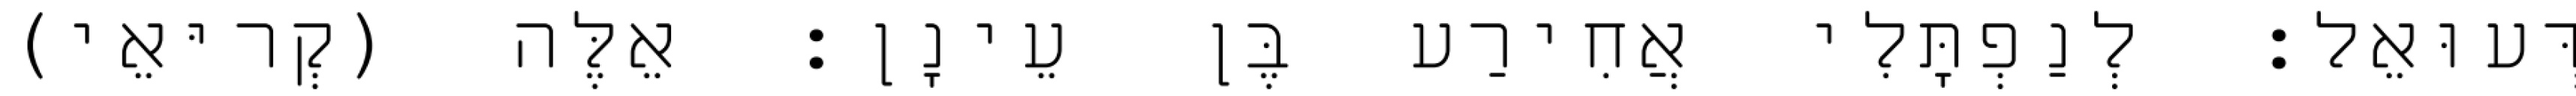
דְּעוּאֵל׃ לְנַפְתָּלִי אֲחִירַע בֶּן עֵינָן׃ אֵלֶּה (קְריּאֵי)